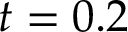
t = 0 . 2